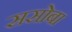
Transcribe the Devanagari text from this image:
ससोबा